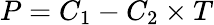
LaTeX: P=C_{1}-C_{2}\times T